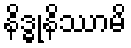
နိဒ္ဓုနိဿာမိ